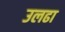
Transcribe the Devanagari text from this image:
उलढा